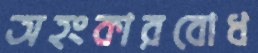
অহংকারবোধ